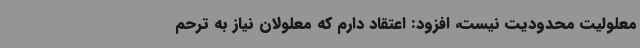
معلولیت محدودیت نیست، افزود: اعتقاد دارم که معلولان نیاز به ترحم